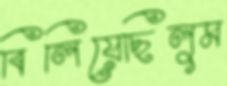
বিলিয়েছিলুম